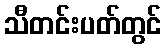
သီတင်းပတ်တွင်